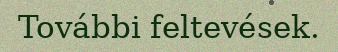
További feltevések.